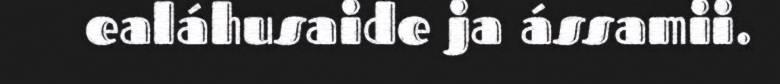
ealáhusaide ja ássamii.